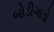
બોડીગાડો